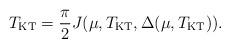
LaTeX: \begin{align*}T_{\rm KT}=\frac{\pi}{2} J(\mu, T_{\rm KT}, \Delta(\mu, T_{\rm KT})).\end{align*}